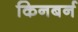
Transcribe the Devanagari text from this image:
किनबर्न